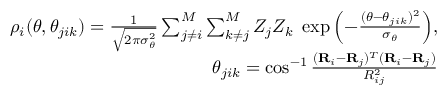
\begin{array} { r } { \rho _ { i } ( \theta , \theta _ { j i k } ) = \frac { 1 } { \sqrt { 2 \pi \sigma _ { \theta } ^ { 2 } } } \sum _ { j \neq i } ^ { M } \sum _ { k \neq j } ^ { M } Z _ { j } Z _ { k } ~ \exp { \left( - \frac { ( \theta - \theta _ { j i k } ) ^ { 2 } } { \sigma _ { \theta } } \right) } , } \\ { \theta _ { j i k } = \cos ^ { - 1 } \frac { ( \mathbf { R } _ { i } - \mathbf { R } _ { j } ) ^ { T } ( \mathbf { R } _ { i } - \mathbf { R } _ { j } ) } { R _ { i j } ^ { 2 } } } \end{array}